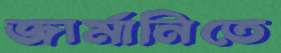
জার্মানিতে